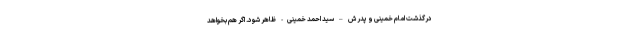
درگذشت امام خمینی و پدرش – سید احمد خمینی- ظاهر شود. اگر هم بخواهد